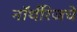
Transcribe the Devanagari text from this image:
नॉर्थरिजचे